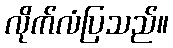
လိုက်လံပြသည်။